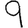
Digit: 9